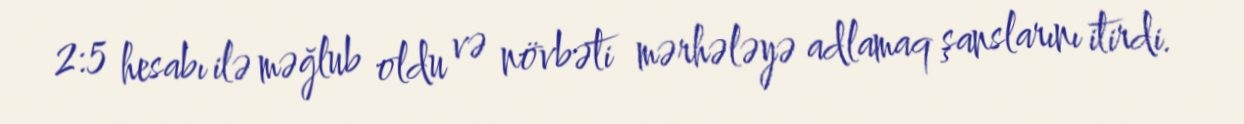
2:5 hesabı ilə məğlub oldu və növbəti mərhələyə adlamaq şanslarını itirdi.